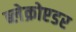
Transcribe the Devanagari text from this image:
ब्लेक्रोएडर